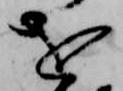
を